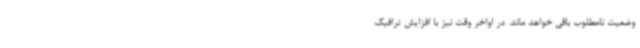
وضعیت نامطلوب باقی خواهد ماند. در اواخر وقت نیز با افزایش ترافیک